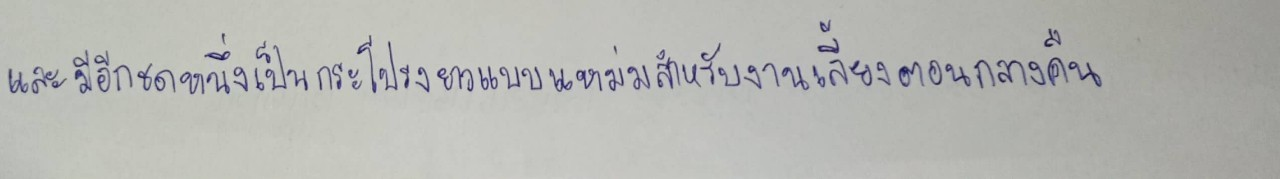
และมีอีกชุดหนึ่งเป็นกระโปรงยาวแบบแหม่มสำหรับงานเลี้ยงตอนกลางคืน